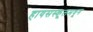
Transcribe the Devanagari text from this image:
हायसस्कूलमधून